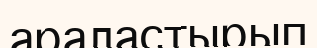
араластырып